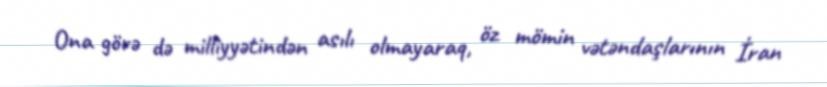
Ona görə də milliyyətindən asılı olmayaraq, öz mömin vətəndaşlarının İran